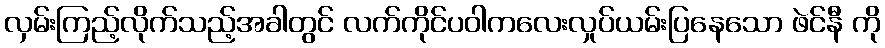
လှမ်းကြည့်လိုက်သည့်အခါတွင် လက်ကိုင်ပဝါကလေးလှုပ်ယမ်းပြနေသော ဖဲင်နီ ကို